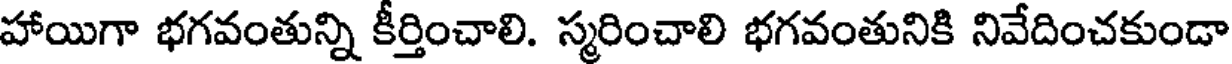
హాయిగా భగవంతున్ని కీర్తించాలి. స్మరించాలి భగవంతునికి నివేదించకుండా